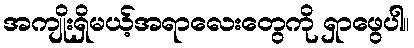
အကျိုးရှိမယ့်အရာလေးတွေကို ရှာဖွေပါ။